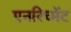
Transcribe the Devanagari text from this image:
एनरिच्मेंट